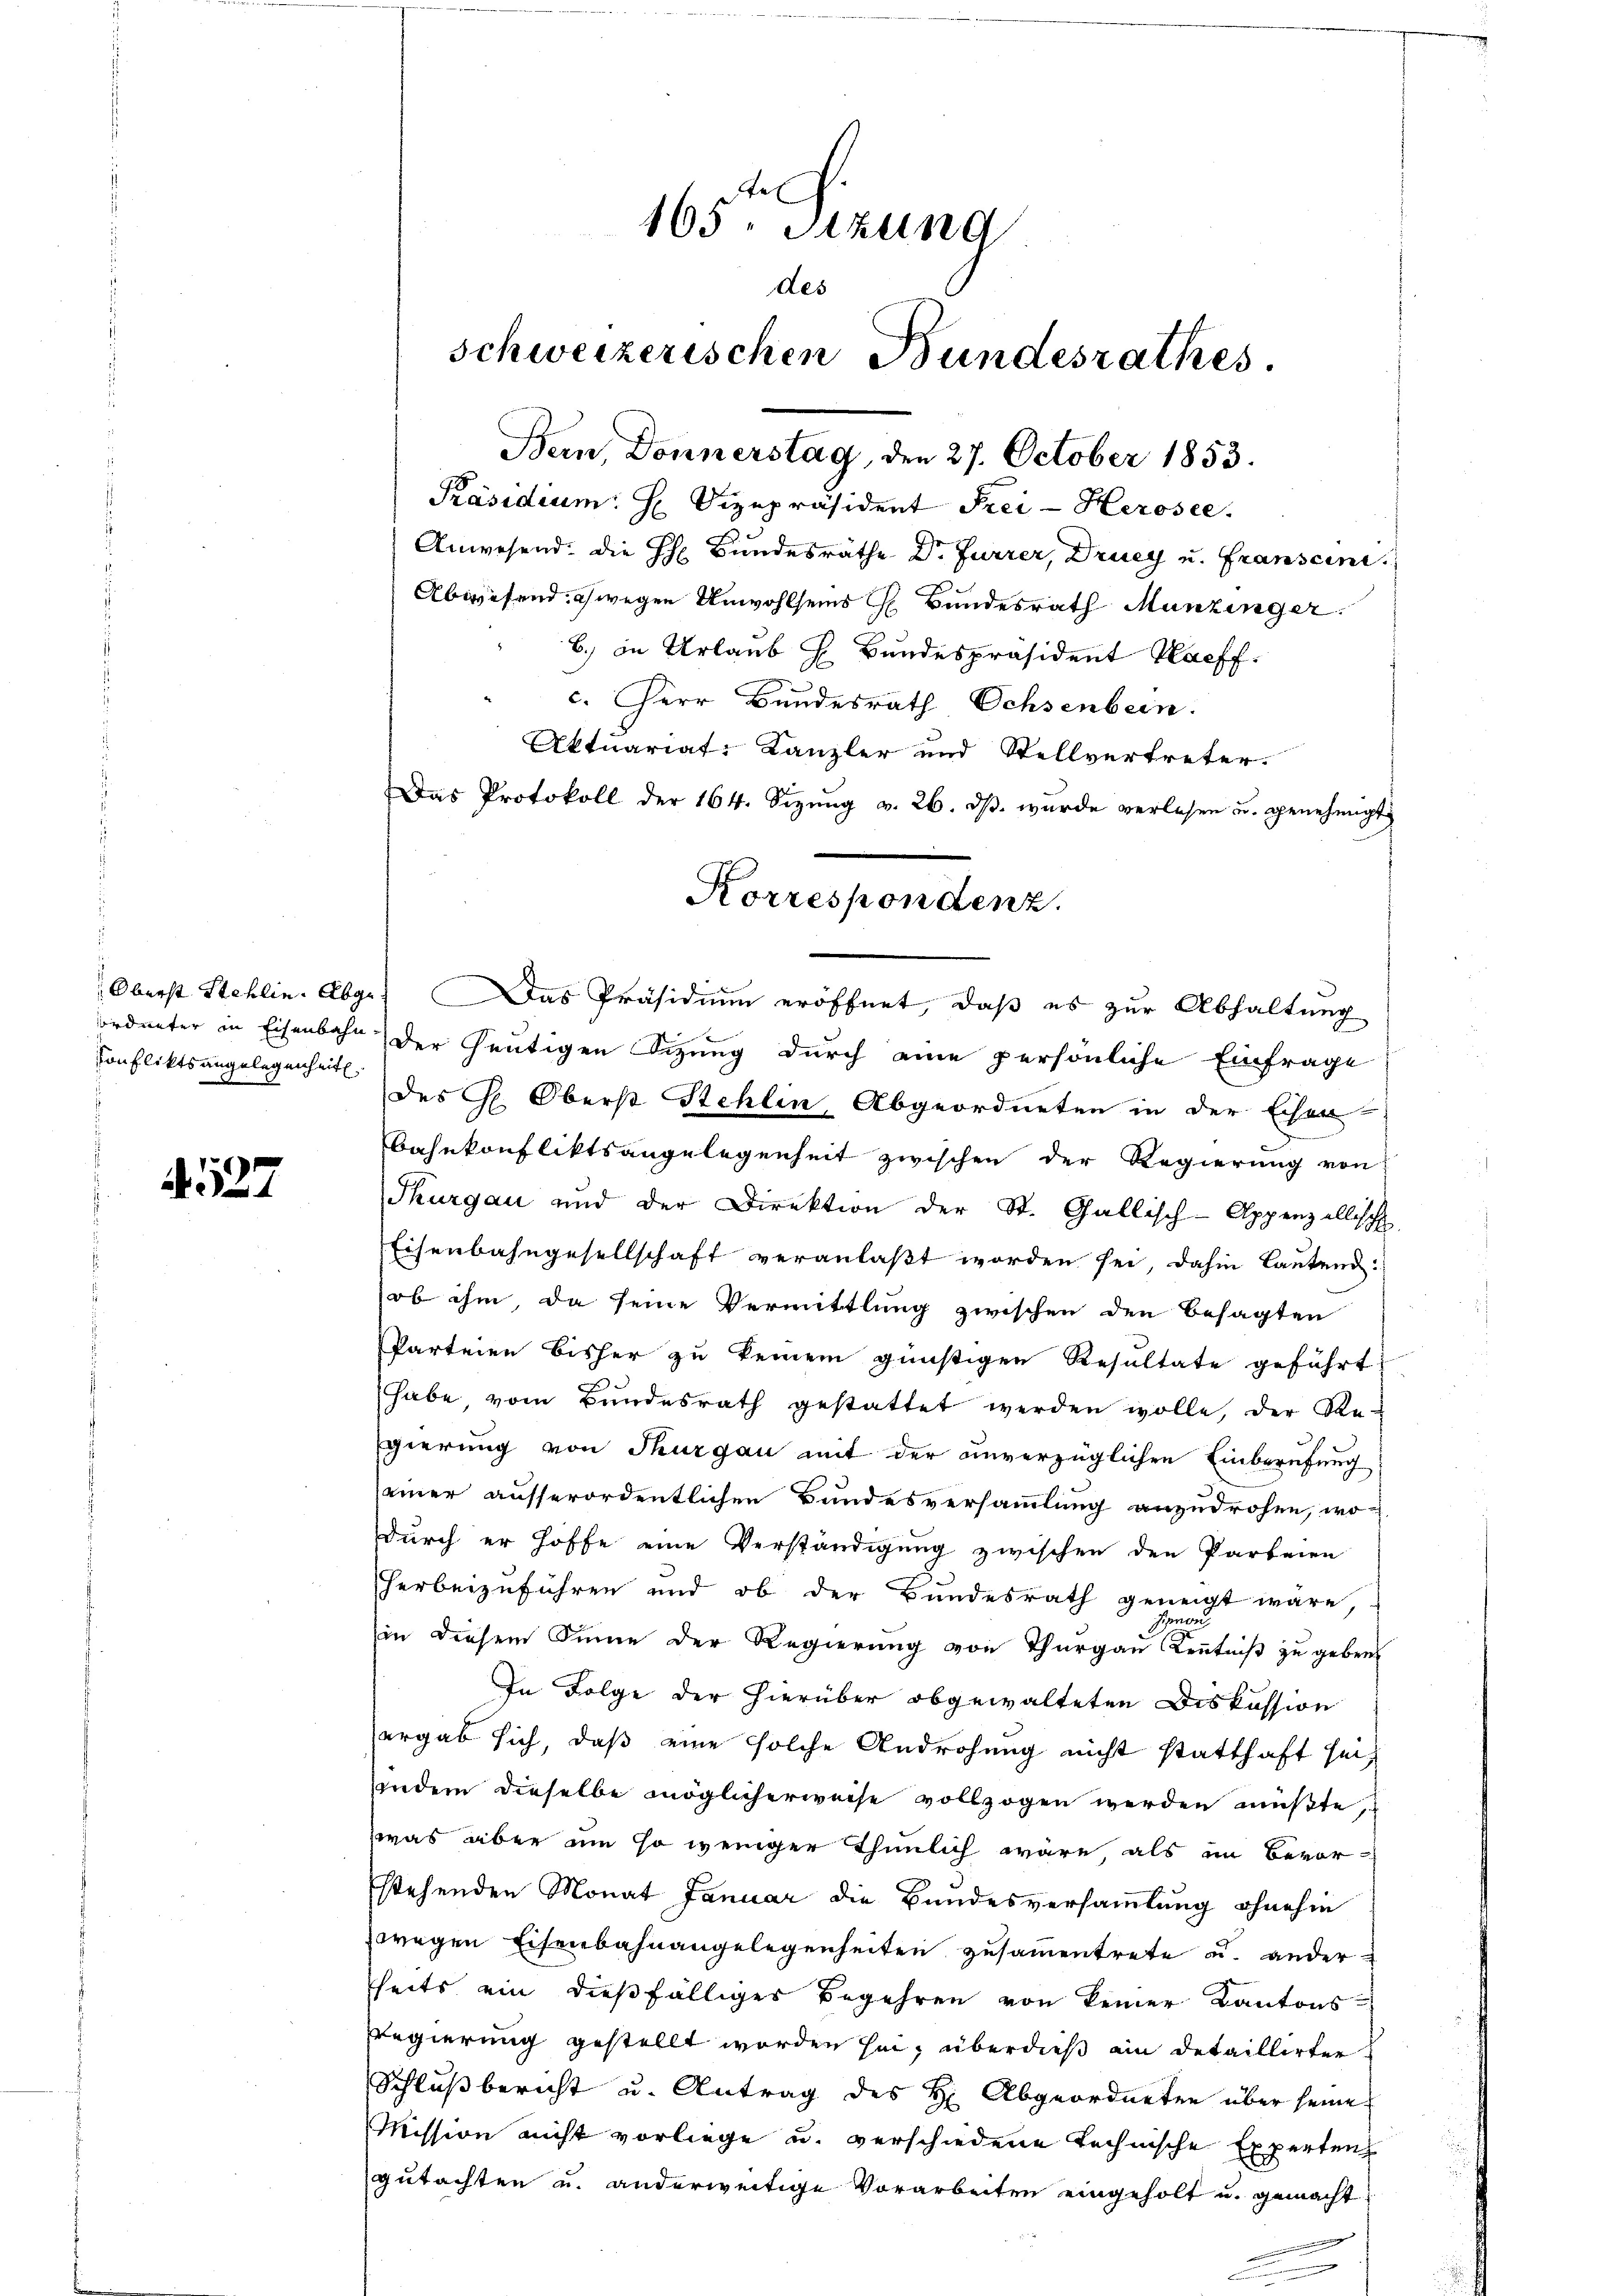
Konfliktsangelegenheit.

4527

165. Sitzung
des
Schweizerischen Bundesrathes
Bern, Donnerstag, den 27. October 1853.
Präsidium. H. Vizepräsident Frei- Herosee.

Anwesend: die HH Bundesräthe Dr. Furrer, Druey u. Franscini
Abwesend wegen Unwohlseins G. Bundesrath Munzinger.
b.) in Urlaub h. Bundespräsident Kaeff.
Oberst Stehlin. Abge. Das Präsidium eröffnet, daß es zur Abhaltung
ordneter in Eisenbahn der heutigen Sizung durch eine persönliche Einfrage
des H. Oberst Stehlin, Abgeordneten in der Ehen
Bahnkonfliktsangelegenheit zwischen der Regierung von
Thurgau und der Direktion der St. Gallisch-Appenzellisch
Eisenbahngesellschaft veranlaßt worden sei, dahin lautend:
ob ihm, da seine Vermittlung zwischen den besagten
Parteien bisher zu keinem günstigen Resultate geführt:
habe vom Bundesrath gestattet werden wolle, der Regierung von Thurgau mit der unverzüglichen Einberufung
seiner ausserordentlichen Bundesversammlung anzudrohen, wo
durch er hoffe eine Verständigung zwischen den Parteien
herbeizuführen und ob der Bundesrath geneigt wäre,
in diesem Sinne der Regierung von Thurgau Kenntniß zu geben
In Folge der hierüber abgewalteten Diskussion
ergab sich, daß eine solche Androhung nicht statthaft sei,
indem dieselbe möglicherweise vollzogen werden müßte,
was aber um so weniger thunlich wäre, als im Bevor-
stehenden Monat Januar die Bundesversammlung ohnehin
zwegen Eisenbahnangelegenheiten zusammentrete u. ander
seits ein dießfälliger Begehren von keiner Kantons
Regierung gestellt worden sei, überdieß ein detaillirter
Schlußbericht u. Antrag des H: Abgeordneten über seine
Mission nicht vorliege u. verschiedene technische Experten
gutachten u. anderweitige Vorarbeiten eingeholt u. gemacht

c. Herr Bundesrath Ochsenbein.
Aktuariat-Kanzler und Stellvertreter.
Das Protokoll der 164. Sizung v. 26. ds. wurde verlesen u. genehmigt
Korrespondenz.